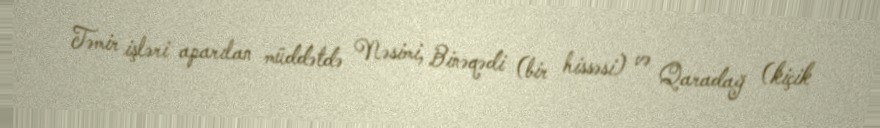
Təmir işləri aparılan müddətdə Nəsimi, Binəqədi (bir hissəsi) və Qaradağ (kiçik